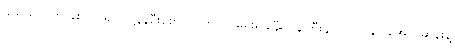
သူရိယသတင်းစာပိုင်ရှင် ဂဠုန်ဦးစော၊ လွတ်လပ်ရေးရခါနီး ဝန်ကြီးချုပ် ဗိုလ်ချုပ်အောင်ဆန်းနဲ့